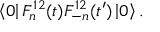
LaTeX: \left\langle 0 \right| F _ { n } ^ { 1 2 } ( t ) F _ { - n } ^ { 1 2 } ( t ^ { \prime } ) \left| 0 \right\rangle .